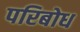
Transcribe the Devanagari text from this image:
परिबोध